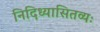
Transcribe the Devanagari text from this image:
निदिध्यासितव्यः